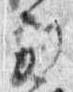
別